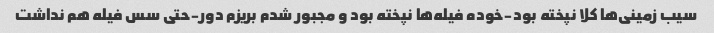
سیب زمینی‌ها کلا نپخته بود-خوده فیله‌ها نپخته بود و مجبور شدم بریزم دور-حتی سس فیله هم نداشت